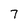
Character: 7